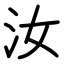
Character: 汝